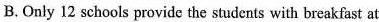
B.Only 12 schools provide the students with breakfast at